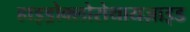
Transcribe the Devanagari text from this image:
हाइड्रोक्लोरोथायज़ाइड